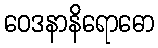
ဝေဒနာနိရောဓော